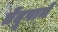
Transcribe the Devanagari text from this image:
तेंदूपाने